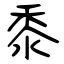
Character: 黍